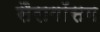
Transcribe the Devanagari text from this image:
सैरागॉसम